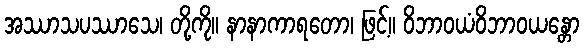
အဿာသပဿာသေ၊ တို့ကို။ နာနာကာရတော၊ ဖြင့်။ ဝိဘာဝယံဝိဘာဝယန္တော